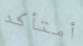
أمتأكد